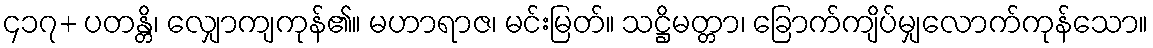
၄၁၇+ ပတန္တိ၊ လျှောကျကုန်၏။ မဟာရာဇ၊ မင်းမြတ်။ သဋ္ဌိမတ္တာ၊ ခြောက်ကျိပ်မျှလောက်ကုန်သော။